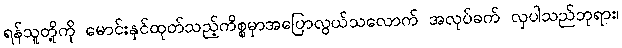
ရန်သူတို့ကို မောင်းနှင်ထုတ်သည့်ကိစ္စမှာအပြောလွယ်သလောက် အလုပ်ခက် လှပါသည်ဘုရား၊